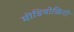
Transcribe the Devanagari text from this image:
मीडियोक्रिटी